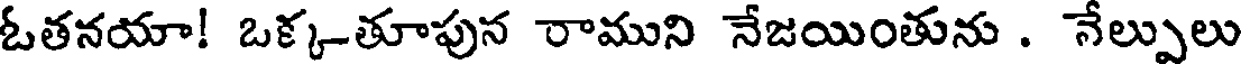
ఓతనయా! ఒక్క-తూపున రాముని నేజయింతును . నేల్పులు